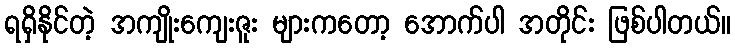
ရရှိနိုင်တဲ့ အကျိုးကျေးဇူး များကတော့ အောက်ပါ အတိုင်း ဖြစ်ပါတယ်။